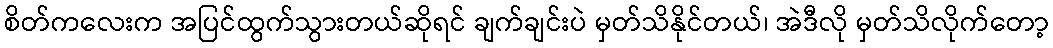
စိတ်ကလေးက အပြင်ထွက်သွားတယ်ဆိုရင် ချက်ချင်းပဲ မှတ်သိနိုင်တယ်၊ အဲဒီလို မှတ်သိလိုက်တော့